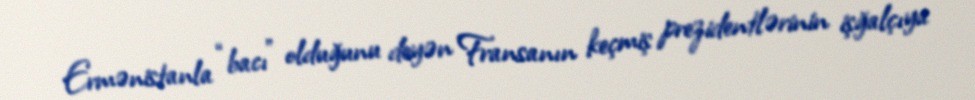
Ermənistanla “bacı” olduğunu deyən Fransanın keçmiş prezidentlərinin işğalçıya